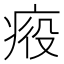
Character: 𤶣